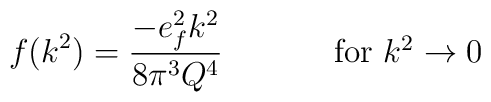
f (k^{2})  =   \frac{ -e_{f}^{2} k^{2}}{8 \pi^{3} Q^{4}} \hspace{.5in}  \mbox{ for $k^{2} \rightarrow 0$}